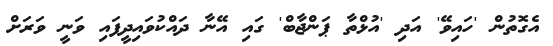
އެގޮތުން 'ހައިވޭ' އަދި 'އުޅްތާ ޕަންޖާބް' ގައި އޭނާ ދައްކުވައިދީފައި ވަނީ ވަރަށް